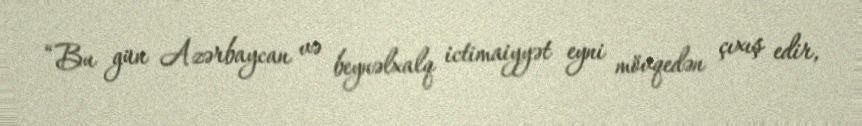
“Bu gün Azərbaycan və beynəlxalq ictimaiyyət eyni mövqedən çıxış edir,